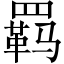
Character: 羁